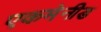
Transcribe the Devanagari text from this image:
एकमेनीड